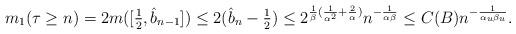
LaTeX: \begin{align*} m_1( \tau \ge n ) = 2 m ( [ \tfrac12, \hat{b}_{n-1} ] ) \le 2 ( \hat{b}_n - \tfrac12 ) \le 2^{ \frac{1}{\beta}( \frac{1}{\alpha^2} + \frac{2}{\alpha} ) } n^{ - \frac{1}{\alpha \beta} } \le C(B) n^{ - \frac{1}{\alpha_u \beta_u} }.\end{align*}